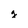
Character: g